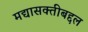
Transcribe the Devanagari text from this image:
मद्यासक्तीबद्दल